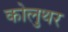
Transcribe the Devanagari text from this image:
कोलुथर